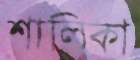
শালিকা